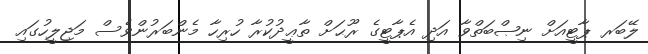
ލޭބަރ ޕާޓީއަށް ނިޞްބަތްވާ އަދި އެޕާޓީގެ ރޫޙަށް ތާޢީދުކުރާ ހުރިހާ މެންބަރުންވެސް މަޖިލީހުގައި